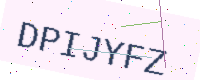
Text: DPIJYFZ